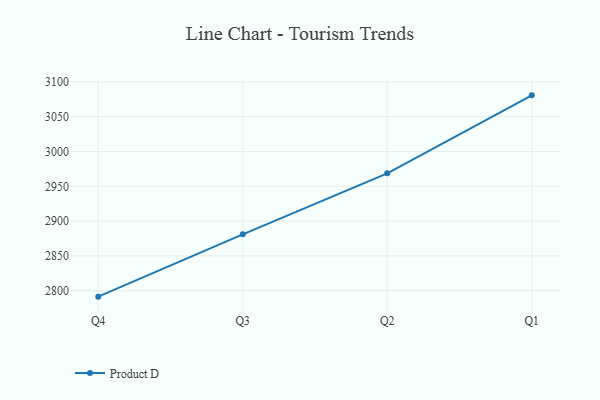
{"axis": {"x": "Quarter", "y": "Conversion Rate (%)"}, "legend": ["Product D"], "data": [{"x": "Q4", "y": 2791.5, "type": "Product D"}, {"x": "Q3", "y": 2881.0, "type": "Product D"}, {"x": "Q2", "y": 2968.7, "type": "Product D"}, {"x": "Q1", "y": 3080.7, "type": "Product D"}]}